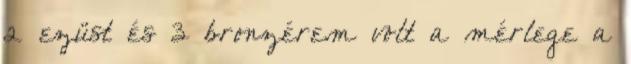
2 ezüst és 3 bronzérem volt a mérlege a